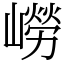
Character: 嶗